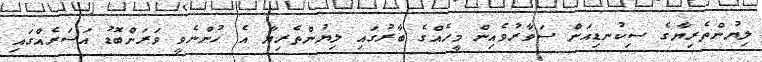
ލިޔުންތެރިޔާގެ ސިކުނޑިއަށް ސަވާރުވެއިން މީހެއްގެ ބާރުގައި ލިޔުންތެރިޔާ އެ ހުންނެވީ ވަރަށްބޮޑު އަސަރެއްގައި